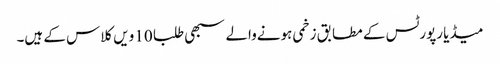
میڈیا رپورٹس کے مطابق زخمی ہونےوالے سبھی طلبا 10 ویں کلاس کے ہیں۔